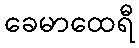
ခေမာထေရီ